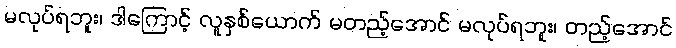
မလုပ်ရဘူး၊ ဒါကြောင့် လူနှစ်ယောက် မတည့်အောင် မလုပ်ရဘူး၊ တည့်အောင်